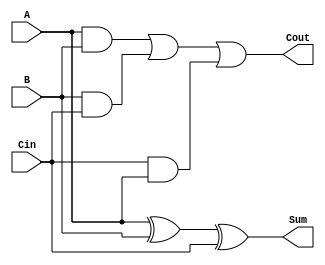
module AsynchronousFullAdder (
    input  wire A,     // First input bit
    input  wire B,     // Second input bit
    input  wire Cin,   // Carry-in bit
    output wire Sum,   // Resultant sum
    output wire Cout   // Carry-out bit
);

// Sum calculation: Sum = A  B  Cin
assign Sum = A ^ B ^ Cin;

// Carry-out calculation: Cout = (A  B)  (B  Cin)  (Cin  A)
assign Cout = (A & B) | (B & Cin) | (Cin & A);

endmodule